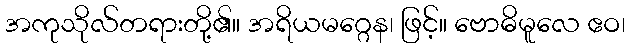
အကုသိုလ်တရားတို့၏။ အရိယမဂ္ဂေန၊ ဖြင့်။ ဗောဓိမူလေ ဧဝ၊